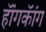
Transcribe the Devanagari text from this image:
हॅांगकॅांग